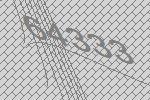
64333